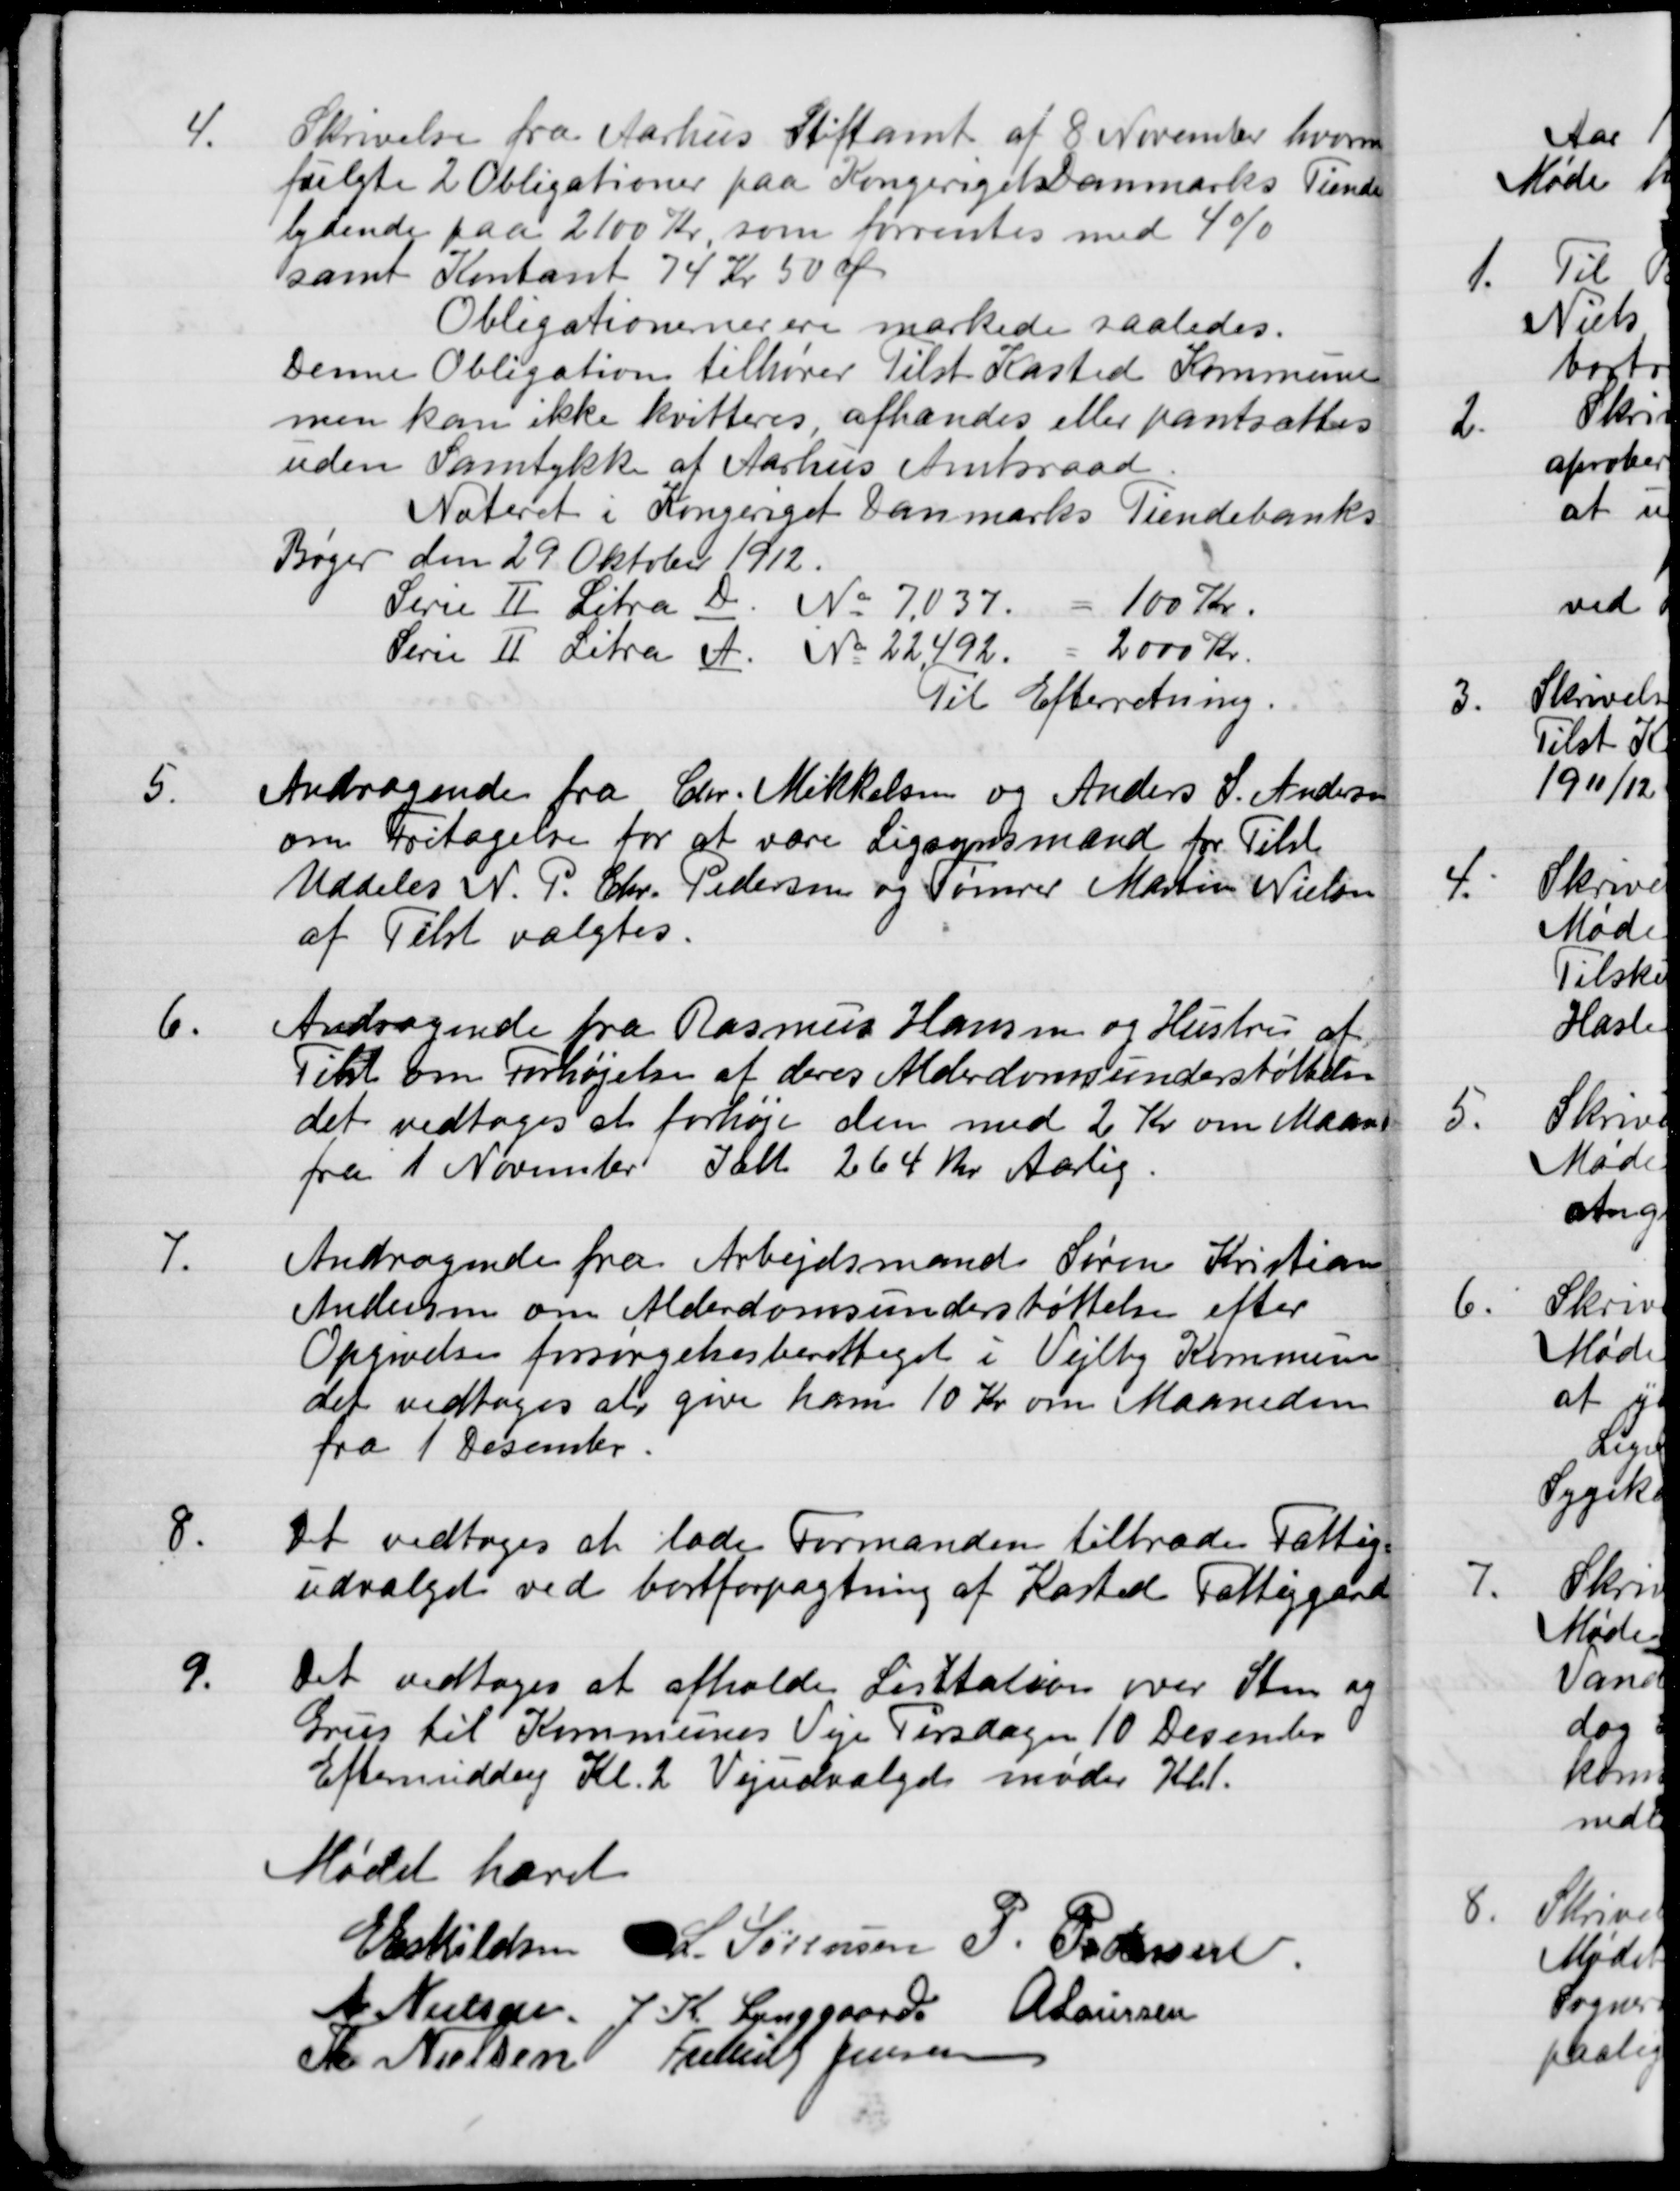
Transskription:
4.
Skrivelse fra Aarhus Stiftamt af 8 November hvormed
fulgte 2 Obligationer paa Kongeriget Danmarks Tiende
lydende paa 2100 Kr. som forrentes med 4%
samt Kontant 74 Kr 50 Ø
Obligationerner ere markede saaledes.
Denne Obligation tilhører Tilst Kasted Kommune
men kan ikke kvitteres, afhændes eller pantsættes
uden Samtykke af Aarhus Amtsraad.
Noteret i Kongeriget Danmarks Tiendebanks
Bøger den 29 Oktober 1912.
Serie II Litra D. No 7,037.
100 Kr.
Serie II Litra A. No 22,492.
2000 Kr.
Til Efterretning.
5.
Andragende fra Chr. Mikkelsen og Anders S. Andersen
om Fritagelse for at være Ligsynsmand for Tilst
Uddeles N. P. Chr. Pedersen og Tømrer Martin Nielsen
af Tilst valgtes.
6.
Andragende fra Rasmus Hansen og Hustru af
Tilst om Forhøjelse af deres Alderdomsunderstøttelse
det vedtoges at forhøje den med 2 Kr om Maaneden
fra 1 November Ialt 264 Kr Aarlig.
7.
Andragende fra Arbejdsmand Søren Kristian
Andersen om Alderdomsunderstøttelse efter
Opgivelse forsørgelsesberettiget i Vejlby Kommune
det vedtoges at give ham 10 Kr om Maaneden
fra 1 Desember.
8.
Det vedtoges at lade Formanden tiltræde Fattig-
udvalget ved bortforpagtning af Kasted Fattiggaard
9.
Det vedtoges at afholde Lisitation over Sten og
Grus til Kommunes Veje Tirsdagen 10 Desember
Eftermiddag Kl. 2 Vejudvalget møder Kl. 1.
Mødet hævet
E Eskildsen
L. Sørensen
P. Pedersen
A. Nielsen
J. K. Lynggaard
A Laursen
Th. Nielsen
Frederik Jensen